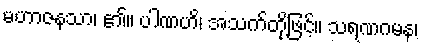
မဟာဇနသာ၊ ၏။ ပါဏဟိ၊ အသက်တို့ဖြင့်။ သရဏဂမန၊